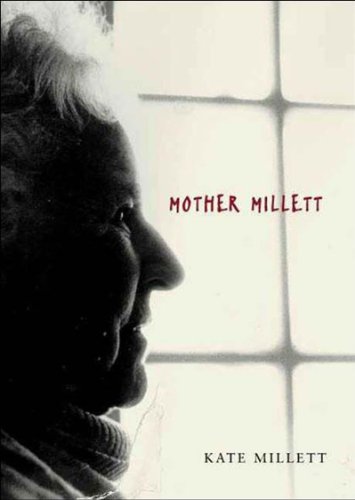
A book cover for Mother Millett; Kate Millett; Gay & Lesbian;